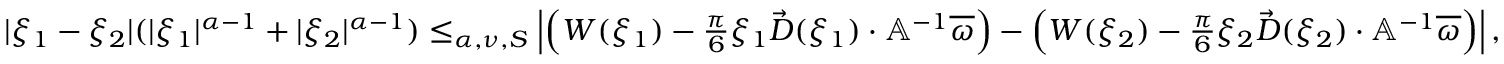
\begin{array} { r } { | \xi _ { 1 } - \xi _ { 2 } | ( | \xi _ { 1 } | ^ { \alpha - 1 } + | \xi _ { 2 } | ^ { \alpha - 1 } ) \le _ { \alpha , \nu , S } \left| \left( W ( \xi _ { 1 } ) - \frac { \pi } 6 \xi _ { 1 } \vec { D } ( \xi _ { 1 } ) \cdot \mathbb { A } ^ { - 1 } \overline { { \omega } } \right) - \left( W ( \xi _ { 2 } ) - \frac { \pi } 6 \xi _ { 2 } \vec { D } ( \xi _ { 2 } ) \cdot \mathbb { A } ^ { - 1 } \overline { { \omega } } \right) \right| , } \end{array}